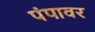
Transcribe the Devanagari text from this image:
पंपावर